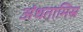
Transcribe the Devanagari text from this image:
अंधतामिस्र